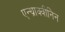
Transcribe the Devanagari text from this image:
एन्थ्राक्वीनिन